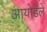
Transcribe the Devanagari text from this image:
आयोडेले